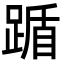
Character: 踲